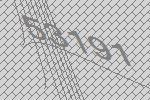
53191